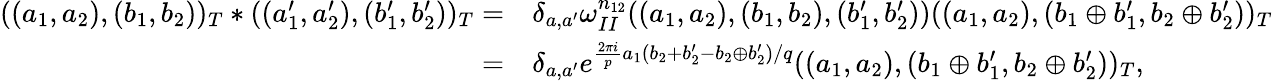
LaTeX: \begin{array}{rl}{((a_{1},a_{2}),(b_{1},b_{2}))_{T}\ast((a_{1}^{\prime},a_{2}^{\prime}),(b_{1}^{\prime},b_{2}^{\prime}))_{T}=}&{\delta_{a,a^{\prime}}\omega_{II}^{n_{12}}((a_{1},a_{2}),(b_{1},b_{2}),(b_{1}^{\prime},b_{2}^{\prime}))((a_{1},a_{2}),(b_{1}\oplus b_{1}^{\prime},b_{2}\oplus b_{2}^{\prime}))_{T}}\\ {=}&{\delta_{a,a^{\prime}}e^{\frac{2\pi i}{p}a_{1}(b_{2}+b_{2}^{\prime}-b_{2}\oplus b_{2}^{\prime})/q}((a_{1},a_{2}),(b_{1}\oplus b_{1}^{\prime},b_{2}\oplus b_{2}^{\prime}))_{T},}\end{array}